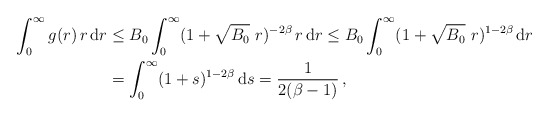
\begin{align*}\int_0^\infty g(r)\, r \, \mathrm{d}r & \leq B_0 \int_0^\infty(1+\sqrt{B_0}\ r)^{-2\beta}\, r\, \mathrm{d}r \leq B_0 \int_0^\infty (1+\sqrt{B_0}\ r)^{1-2\beta}\, \mathrm{d}r \\&= \int_0^\infty (1+ s)^{1-2\beta}\, \mathrm{d}s = \frac{1}{2(\beta-1)}\,,\end{align*}